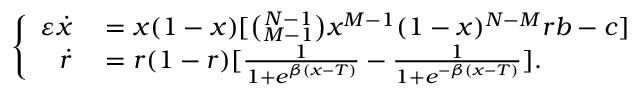
\left\{ \begin{array} { r l } { \varepsilon \dot { x } } & { { } = x ( 1 - x ) [ \binom { N - 1 } { M - 1 } x ^ { M - 1 } ( 1 - x ) ^ { N - M } r b - c ] } \\ { \dot { r } } & { { } = r ( 1 - r ) [ \frac { 1 } { 1 + e ^ { \beta ( x - T ) } } - \frac { 1 } { 1 + e ^ { - \beta ( x - T ) } } ] . } \end{array} \right.